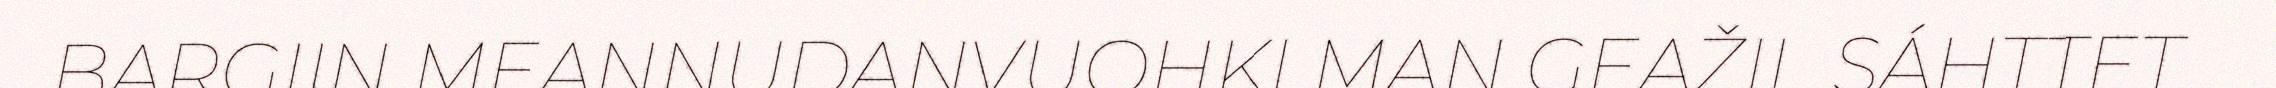
BARGIIN MEANNUDANVUOHKI MAN GEAŽIL SÁHTTET